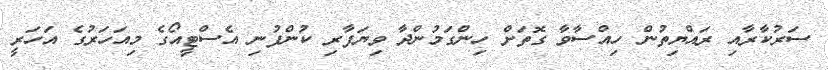
ސަރުކާރާއި ރައްޔިތުން ހިއްސާވާ ގޮތަށް ހިންގަމުންދާ ވިޔަފާރި ކުންފުނި އެސްޓީއޯގެ މިއަހަރުގެ އަހަރީ